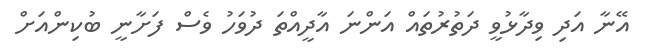
އޭނާ އަދި ވިދާޅުވީ ދަތުރުތައް އަންނަ އާދީއްތަ ދުވަހު ވެސް ފަށާނީ ބުކިންއަށް